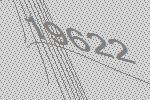
19622